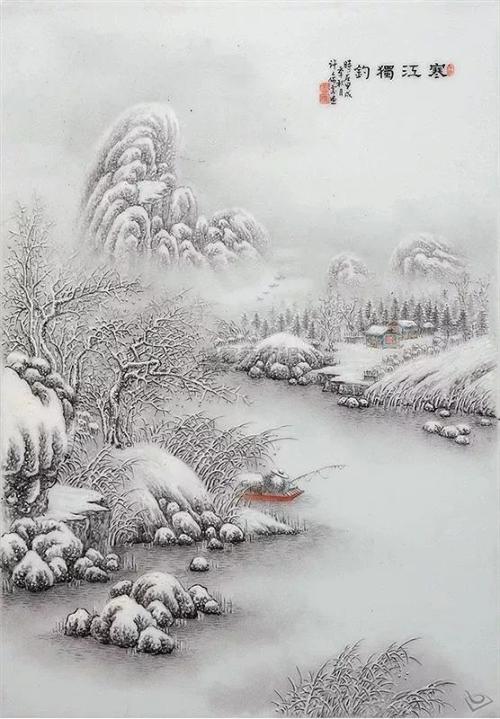
酒贱常愁客少，月明多被云妨。